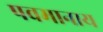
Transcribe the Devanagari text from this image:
पवमानाय